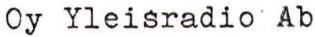
Oy Yleisradio Ab